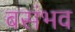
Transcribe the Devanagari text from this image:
बसंभव